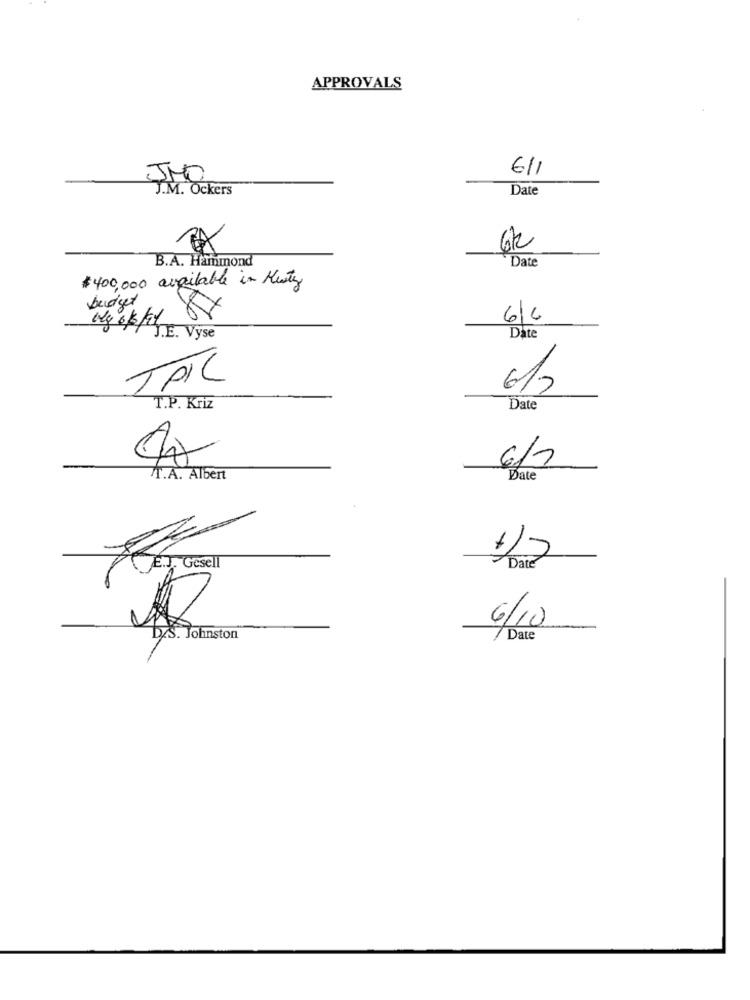
APPROVALS
6/1
JMO
J.M. Ockers
Date
62
B.A. Hammond
Date
$400,000 available in Hety
budget
6/6
J.E. Vyse
Date
TAIL
6/2
T.P. Kriz
Date
6/7
A.A. Albert
Date
1
E.J. Gesel
Date
6/10
bis. Johnston
7 Date